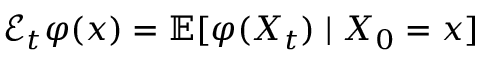
{ \mathcal { E } } _ { t } \varphi ( x ) = \mathbb { E } [ \varphi ( X _ { t } ) \mid X _ { 0 } = x ]